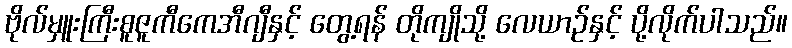
ဗိုလ်မှူးကြီးစူဇူကီကေအီဂျီနှင့် တွေ့ရန် တိုကျိုသို့ လေယာဉ်နှင့် ပို့လိုက်ပါသည်။